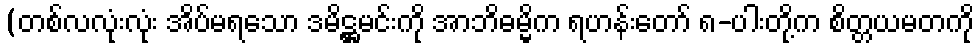
(တစ်လလုံးလုံး အိပ်မရသော ဒမိဋ္ဌမင်းကို အာဘိဓမ္မိက ရဟန်းတော် ၈-ပါးတို့က စိတ္တယမတကို